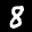
Label: 8